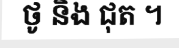
ថូ និង ជុត ។